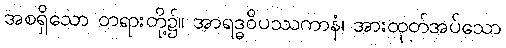
အစရှိသော တရားတို့၌။ အာရဒ္ဓဝိပဿကာနံ၊ အားထုတ်အပ်သော